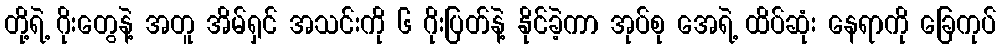
တို့ရဲ့ ဂိုးတွေနဲ့ အတူ အိမ်ရှင် အသင်းကို ၆ ဂိုးပြတ်နဲ့ နိုင်ခဲ့ကာ အုပ်စု အေရဲ့ ထိပ်ဆုံး နေရာကို ခြေကုပ်